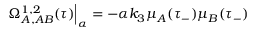
\Omega _ { A , A B } ^ { 1 , 2 } ( \tau ) \Big | _ { \alpha } = - \alpha k _ { 3 } \mu _ { A } ( \tau _ { - } ) \mu _ { B } ( \tau _ { - } )